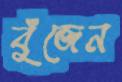
বুঁজেন